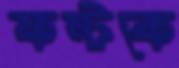
ফন্টকে